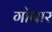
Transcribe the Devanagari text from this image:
गोबार